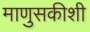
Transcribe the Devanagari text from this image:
माणुसकीशी